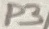
Text: P3